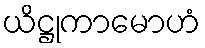
ယိဋ္ဌုကာမောဟံ